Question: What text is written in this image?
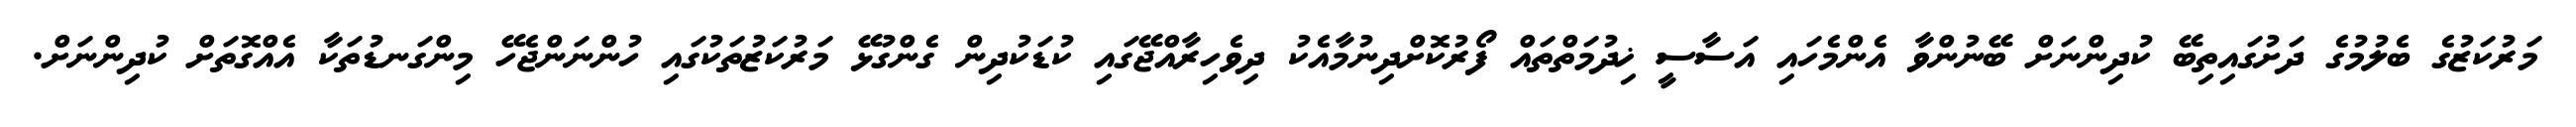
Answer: މަރުކަޒުގެ ބެލުމުގެ ދަށުގައިތިބޭ ކުދިންނަށް ބޭނުންވާ އެންމެހައި އަސާސީ ޚިދުމަތްތައް ފޯރުކޮށްދިނުމާއެކު ދިވެހިރާއްޖޭގައި ކުޑަކުދިން ގެންގުޅޭ މަރުކަޒުތަކުގައި ހުންނަންޖެހޭ މިންގަނޑުތަކާ އެއްގޮތަށް ކުދިންނަށް.